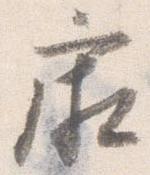
廂